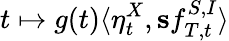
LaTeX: t\mapsto g(t)\langle\eta_{t}^{X},\mathbf{s}f_{T,t}^{S,I}\rangle